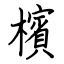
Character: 檳